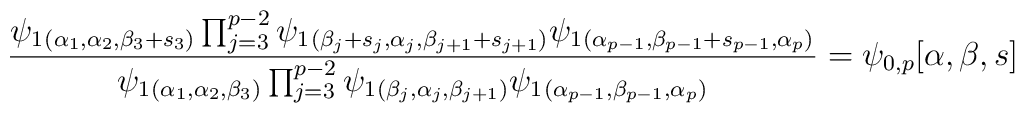
\frac{\psi_1{}_{(\alpha_1,\alpha_2,\beta_3+s_3)}\prod_{j=3}^{p-2}\psi_1{}_{(\beta_j+s_{j},\alpha_j,\beta_{j+1}+s_{j+1})}\psi_1{}_{(\alpha_{p-1},\beta_{p-1}+s_{p-1},\alpha_p)}}{\psi_1{}_{(\alpha_1,\alpha_2,\beta_3)}\prod_{j=3}^{p-2}\psi_1{}_{(\beta_j,\alpha_j,\beta_{j+1})}\psi_1{}_{(\alpha_{p-1},\beta_{p-1},\alpha_p)}}= \psi_{0,p}[\alpha,\beta,s]